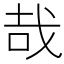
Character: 哉